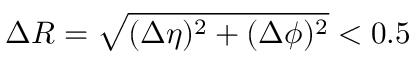
\Delta R = \sqrt { ( \Delta \eta ) ^ { 2 } + ( \Delta \phi ) ^ { 2 } } < 0 . 5